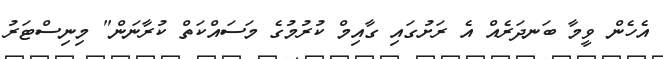
އެހެން ވީމާ ބަނދަރެއް އެ ރަށުގައި ގާއިމް ކުރުމުގެ މަސައްކަތް ކުރާނަން" މިނިސްޓަރު